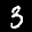
Label: 3